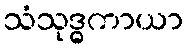
သံသုဒ္ဓကာယာ